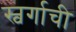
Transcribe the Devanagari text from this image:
स्वर्गाची